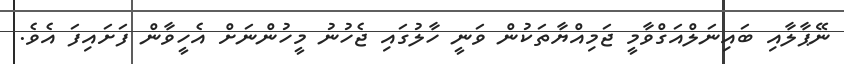
ނޭޕާލާއި ބައިނަލްއަގްވާމީ ޖަމިއްޔާތަކުން ވަނީ ހާލުގައި ޖެހުނު މީހުންނަށް އެހީވާން ފަށައިފަ އެވެ.